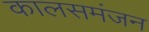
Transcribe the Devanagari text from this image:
कालसमंजन